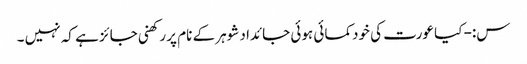
س:- کیا عورت کی خودکمائی ہوئی جائداد شوہر کے نام پر رکھنی جائز ہے کہ نہیں ۔